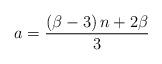
LaTeX: \begin{align*}a=\frac{\left(\beta-3\right)n+2\beta}{3}\end{align*}